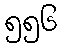
၅၅၆